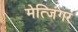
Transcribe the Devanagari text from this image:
मेत्जिंगर